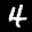
Label: 4